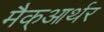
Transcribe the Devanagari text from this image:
मैक्‌आर्थर